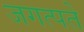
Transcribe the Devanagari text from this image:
जगत्पते